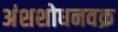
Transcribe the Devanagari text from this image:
अंशशोधनवक्र